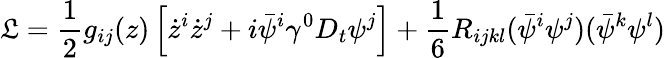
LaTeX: \mathfrak{L}={\frac{{1}}{{2}}}g_{ij}(z)\left[\dot{{z}}^{i}\dot{{z}}^{j}+i\bar{{\psi}}^{i}\gamma^{0}D_{t}\psi^{j}\right]+{\frac{{1}}{{6}}}R_{ijkl}(\bar{{\psi}}^{i}\psi^{j})(\bar{{\psi}}^{k}\psi^{l})